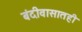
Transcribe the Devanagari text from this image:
बंदीवासातही